Annual report on the Civil Veterinary Department, Burma (including the Insein Veterinary School) - 1932-1941
Year: 1932
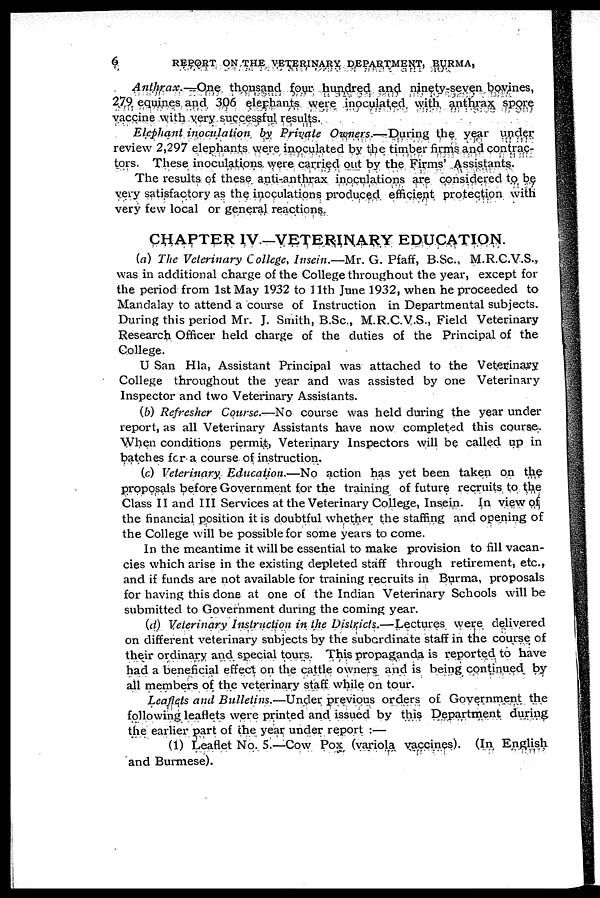
6
REPORT ON THE VETERINARY DEPARTMENT, BURMA,
Anthrax.—One thousand four hundred and ninety-seven bovines,
279 equines and 306 elephants were inoculated with anthrax spore
vaccine with very successful results.
Elephant inoculation by Private Owners.—During the year under
review 2,297 elephants were inoculated by the timber firms and contrac-
tors. These inoculations were carried out by the Firms' Assistants.
The results of these anti-anthrax inoculations are considered to be
very satisfactory as the inoculations produced efficient protection with
very few local or general reactions.
CHAPTER IV.—VETERINARY EDUCATION.
(a) The Veterinary College, Insein.—Mr. G. Pfaff, B.Sc., M.R.C.V.S.,
was in additional charge of the College throughout the year, except for
the period from 1st May 1932 to 11th June 1932, when he proceeded to
Mandalay to attend a course of Instruction in Departmental subjects.
During this period Mr. J. Smith, B.Sc., M.R.C.V.S., Field Veterinary
Research Officer held charge of the duties of the Principal of the
College.
U San Hla, Assistant Principal was attached to the Veterinary
College throughout the year and was assisted by one Veterinary
Inspector and two Veterinary Assistants.
(b) Refresher Course.—No course was held during the year under
report, as all Veterinary Assistants have now completed this course.
When conditions permit, Veterinary Inspectors will be called up in
batches for a course of instruction.
(c) Veterinary Education.—No action has yet been taken on the
proposals before Government for the training of future recruits to the
Class II and III Services at the Veterinary College, Insein. In view of
the financial position it is doubtful whether the staffing and opening of
the College will be possible for some years to come.
In the meantime it will be essential to make provision to fill vacan-
cies which arise in the existing depleted staff through retirement, etc.,
and if funds are not available for training recruits in Burma, proposals
for having this done at one of the Indian Veterinary Schools will be
submitted to Government during the coming year.
(d) Veterinary Instruction in the Districts.—Lectures were delivered
on different veterinary subjects by the subcrdinate staff in the course of
their ordinary and special tours. This propaganda is reported to have
had a beneficial effect on the cattle owners and is being continued by
all members of the veterinary staff while on tour.
Leaflets and Bulletins.—Under previous orders of Government the
following leaflets were printed and issued by this Department during
the earlier part of the year under report :—
(1) Leaflet No. 5.—Cow Pox (variola vaccines). (In English
and Burmese).